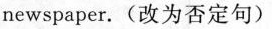
newspaper.(改为否定句)